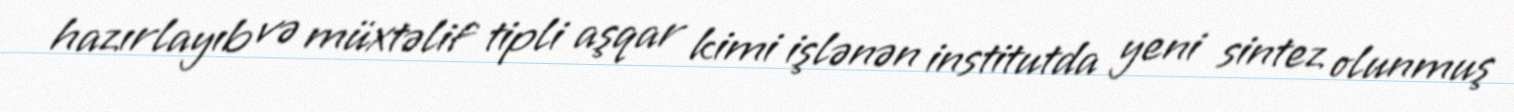
hazırlayıb və müxtəlif tipli aşqar kimi işlənən institutda yeni sintez olunmuş